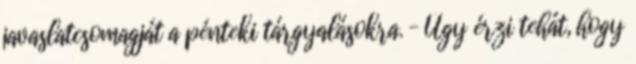
javaslatcsomagját a pénteki tárgyalásokra. – Úgy érzi tehát, hogy